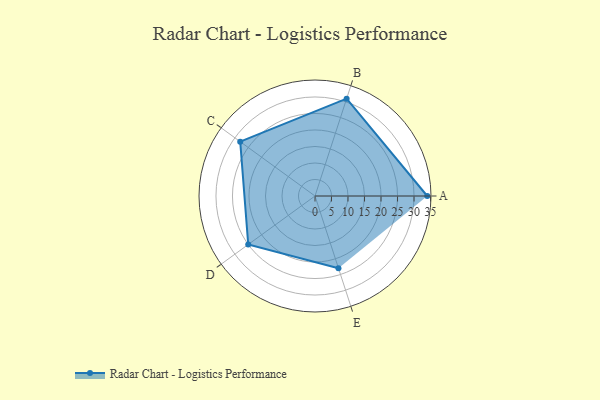
{"axis": {"x": "Skill", "y": "Score"}, "legend": ["Profile"], "data": [{"x": "A", "y": 34.0, "type": "Profile"}, {"x": "B", "y": 31.0, "type": "Profile"}, {"x": "C", "y": 28.0, "type": "Profile"}, {"x": "D", "y": 25.0, "type": "Profile"}, {"x": "E", "y": 23.0, "type": "Profile"}]}